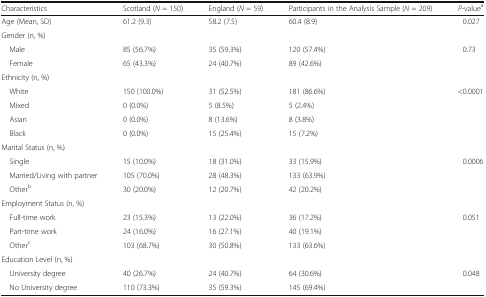
<table><thead><tr><td><b>Characteristics</b></td><td><b>Scotland (<i>N</i> = 150)</b></td><td><b>England (<i>N</i> = 59)</b></td><td><b>Participants in the Analysis Sample (<i>N</i> = 209)</b></td><td><b><i>P</i>-value<sup>a</sup></b></td></tr></thead><tbody><tr><td>Age (Mean, SD)</td><td>61.2 (9.3)</td><td>58.2 (7.5)</td><td>60.4 (8.9)</td><td>0.027</td></tr><tr><td colspan="5">Gender (n, %)</td></tr><tr><td> Male</td><td>85 (56.7%)</td><td>35 (59.3%)</td><td>120 (57.4%)</td><td rowspan="2">0.73</td></tr><tr><td> Female</td><td>65 (43.3%)</td><td>24 (40.7%)</td><td>89 (42.6%)</td></tr><tr><td colspan="5">Ethnicity (n, %)</td></tr><tr><td> White</td><td>150 (100.0%)</td><td>31 (52.5%)</td><td>181 (86.6%)</td><td rowspan="4">&lt;0.0001</td></tr><tr><td> Mixed</td><td>0 (0.0%)</td><td>5 (8.5%)</td><td>5 (2.4%)</td></tr><tr><td> Asian</td><td>0 (0.0%)</td><td>8 (13.6%)</td><td>8 (3.8%)</td></tr><tr><td> Black</td><td>0 (0.0%)</td><td>15 (25.4%)</td><td>15 (7.2%)</td></tr><tr><td colspan="5">Marital Status (n, %)</td></tr><tr><td> Single</td><td>15 (10.0%)</td><td>18 (31.0%)</td><td>33 (15.9%)</td><td rowspan="3">0.0006</td></tr><tr><td> Married/Living with partner</td><td>105 (70.0%)</td><td>28 (48.3%)</td><td>133 (63.9%)</td></tr><tr><td> Other<sup>b</sup></td><td>30 (20.0%)</td><td>12 (20.7%)</td><td>42 (20.2%)</td></tr><tr><td colspan="5">Employment Status (n, %)</td></tr><tr><td> Full-time work</td><td>23 (15.3%)</td><td>13 (22.0%)</td><td>36 (17.2%)</td><td rowspan="3">0.051</td></tr><tr><td> Part-time work</td><td>24 (16.0%)</td><td>16 (27.1%)</td><td>40 (19.1%)</td></tr><tr><td> Other<sup>c</sup></td><td>103 (68.7%)</td><td>30 (50.8%)</td><td>133 (63.6%)</td></tr><tr><td colspan="5">Education Level (n, %)</td></tr><tr><td> University degree</td><td>40 (26.7%)</td><td>24 (40.7%)</td><td>64 (30.6%)</td><td rowspan="2">0.048</td></tr><tr><td> No University degree</td><td>110 (73.3%)</td><td>35 (59.3%)</td><td>145 (69.4%)</td></tr></tbody></table>